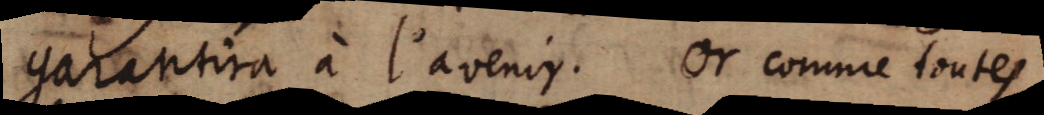
garantira à l’avenir. Or comme toutes